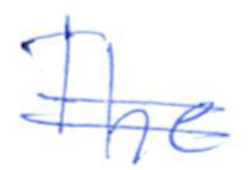
Text: The
Cross-out: double-line
Writing tool: ballpoint